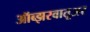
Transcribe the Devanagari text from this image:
ऑब्झरवातूअर